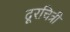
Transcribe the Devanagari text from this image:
दूरचित्री